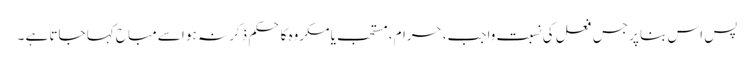
پس اس بنا پر جس فعل کی نسبت واجب، حرام، مستحب یا مکروه کا حکم ذکر نہ ہو اسے مباح کہا جاتا ہے ۔